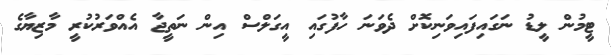
ޓީމުން ލީޑު ނަގައިފައިވަނިކޮށް ދެވަނަ ހާފުގައި އީގަލްސް އިން ނަތީޖާ އެއްވަރުކުރީ މާޒިޔާގެ